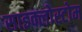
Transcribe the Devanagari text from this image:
साइक्लोस्टोम